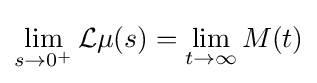
\lim _{s\to 0^{+}}{\mathcal {L}}\mu (s)=\lim _{t\to \infty }M(t)